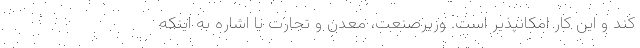
کند و این کار امکانپذیر است. وزیرصنعت، معدن و تجارت با اشاره به اینکه